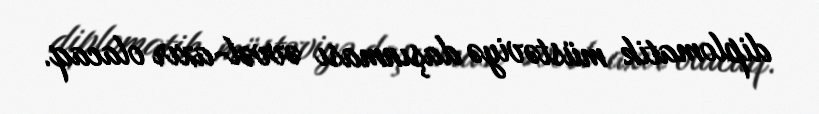
diplomatik müstəviyə daşınması əvvəl-axır olacaq.